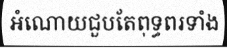
អំណោយជួបតែពុទ្ធពរទាំង